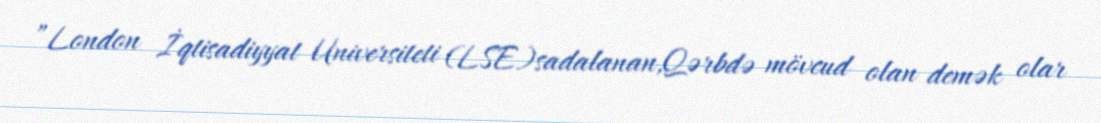
”London İqtisadiyyat Universiteti (LSE)sadalanan,Qərbdə mövcud olan demək olar